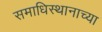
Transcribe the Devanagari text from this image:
समाधिस्थानाच्या